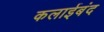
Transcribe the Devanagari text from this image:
कलाईबंद